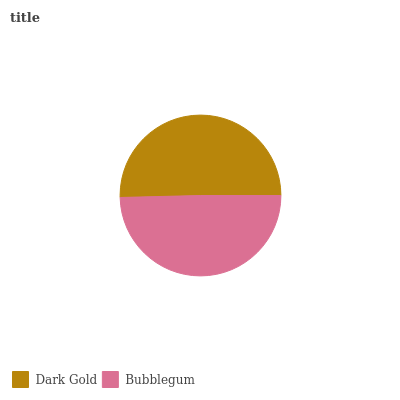
| Dark Gold | Bubblegum |
 | --- | --- |
 | 50.4% | 49.6% |